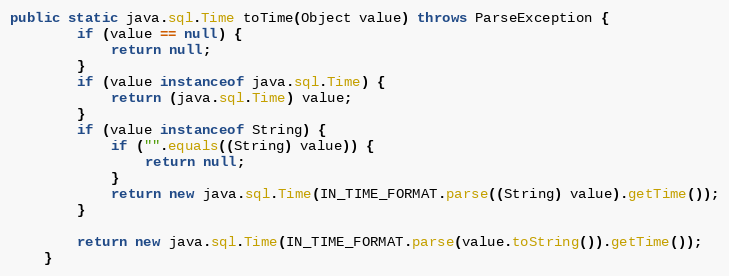
Language: Java
public static java.sql.Time toTime(Object value) throws ParseException {
        if (value == null) {
            return null;
        }
        if (value instanceof java.sql.Time) {
            return (java.sql.Time) value;
        }
        if (value instanceof String) {
            if ("".equals((String) value)) {
                return null;
            }
            return new java.sql.Time(IN_TIME_FORMAT.parse((String) value).getTime());
        }

        return new java.sql.Time(IN_TIME_FORMAT.parse(value.toString()).getTime());
    }